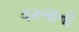
વરૂણનો